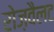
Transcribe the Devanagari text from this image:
रोज़वैलट